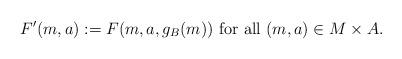
LaTeX: \begin{align*}F'(m,a) := F(m, a, g_B(m))\textrm{ for all }(m,a)\in M\times A.\end{align*}